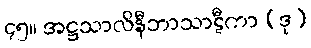
၄၅။ အဋ္ဌသာလိနီဘာသာဋီကာ (ဒု)